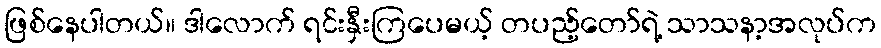
ဖြစ်နေပါတယ်။ ဒါလောက် ရင်းနှီးကြပေမယ့် တပည့်တော်ရဲ့ သာသနာ့အလုပ်က